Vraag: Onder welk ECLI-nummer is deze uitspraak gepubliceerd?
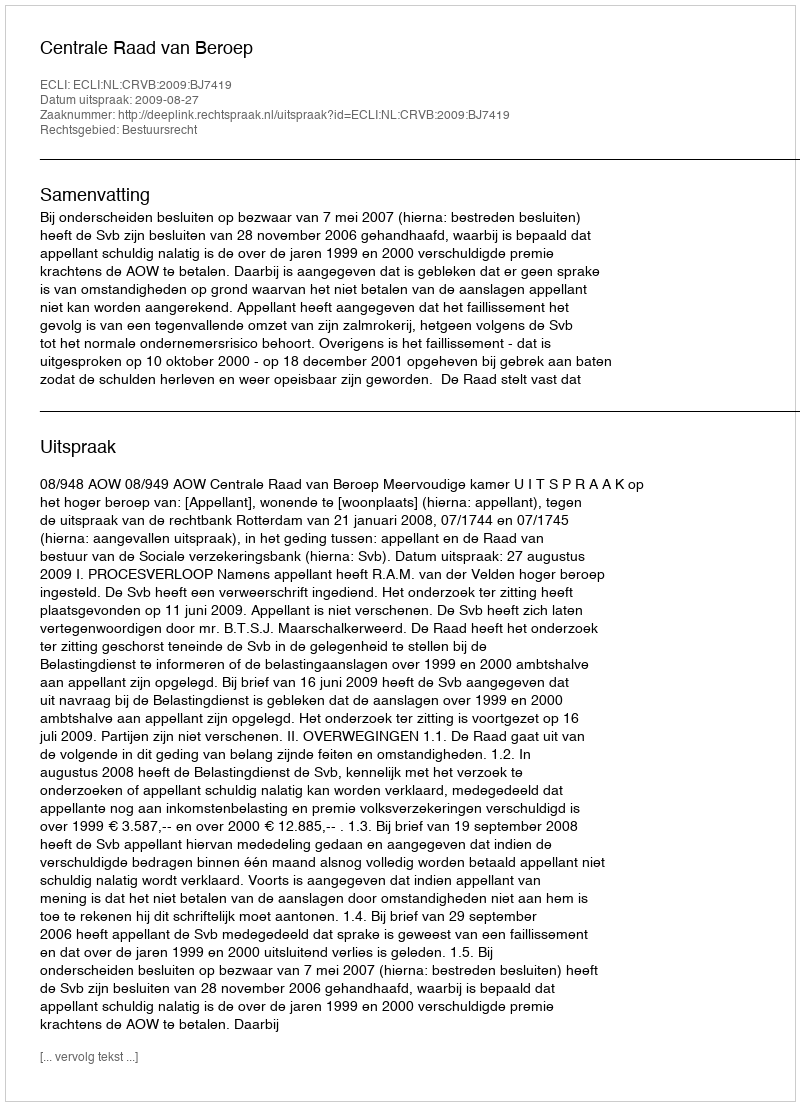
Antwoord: ECLI:NL:CRVB:2009:BJ7419